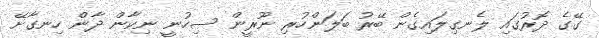
ގޭގެ ދޮރުގައި ލެނގިލައިގެން ބޭރު ބަލަންހުރި ނޫރީން ސިހުނީ ނިކާން ދާން ހިނގާށޭ